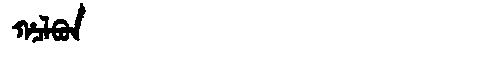
Manchu: ᡥᠴᠯᠪᠣᠨ
Romanization: HCLBON